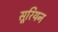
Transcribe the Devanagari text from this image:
सूरियन